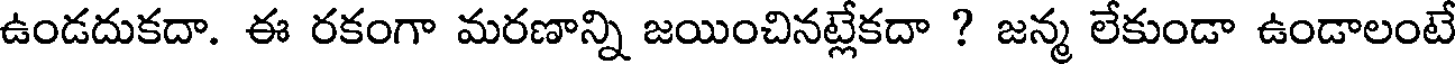
ఉండదుకదా. ఈ రకంగా మరణాన్ని జయించినట్లేకదా ? జన్మ లేకుండా ఉండాలంటే